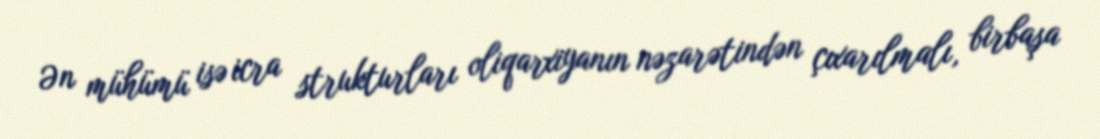
Ən mühümü isə icra strukturları oliqarxiyanın nəzarətindən çıxarılmalı, birbaşa